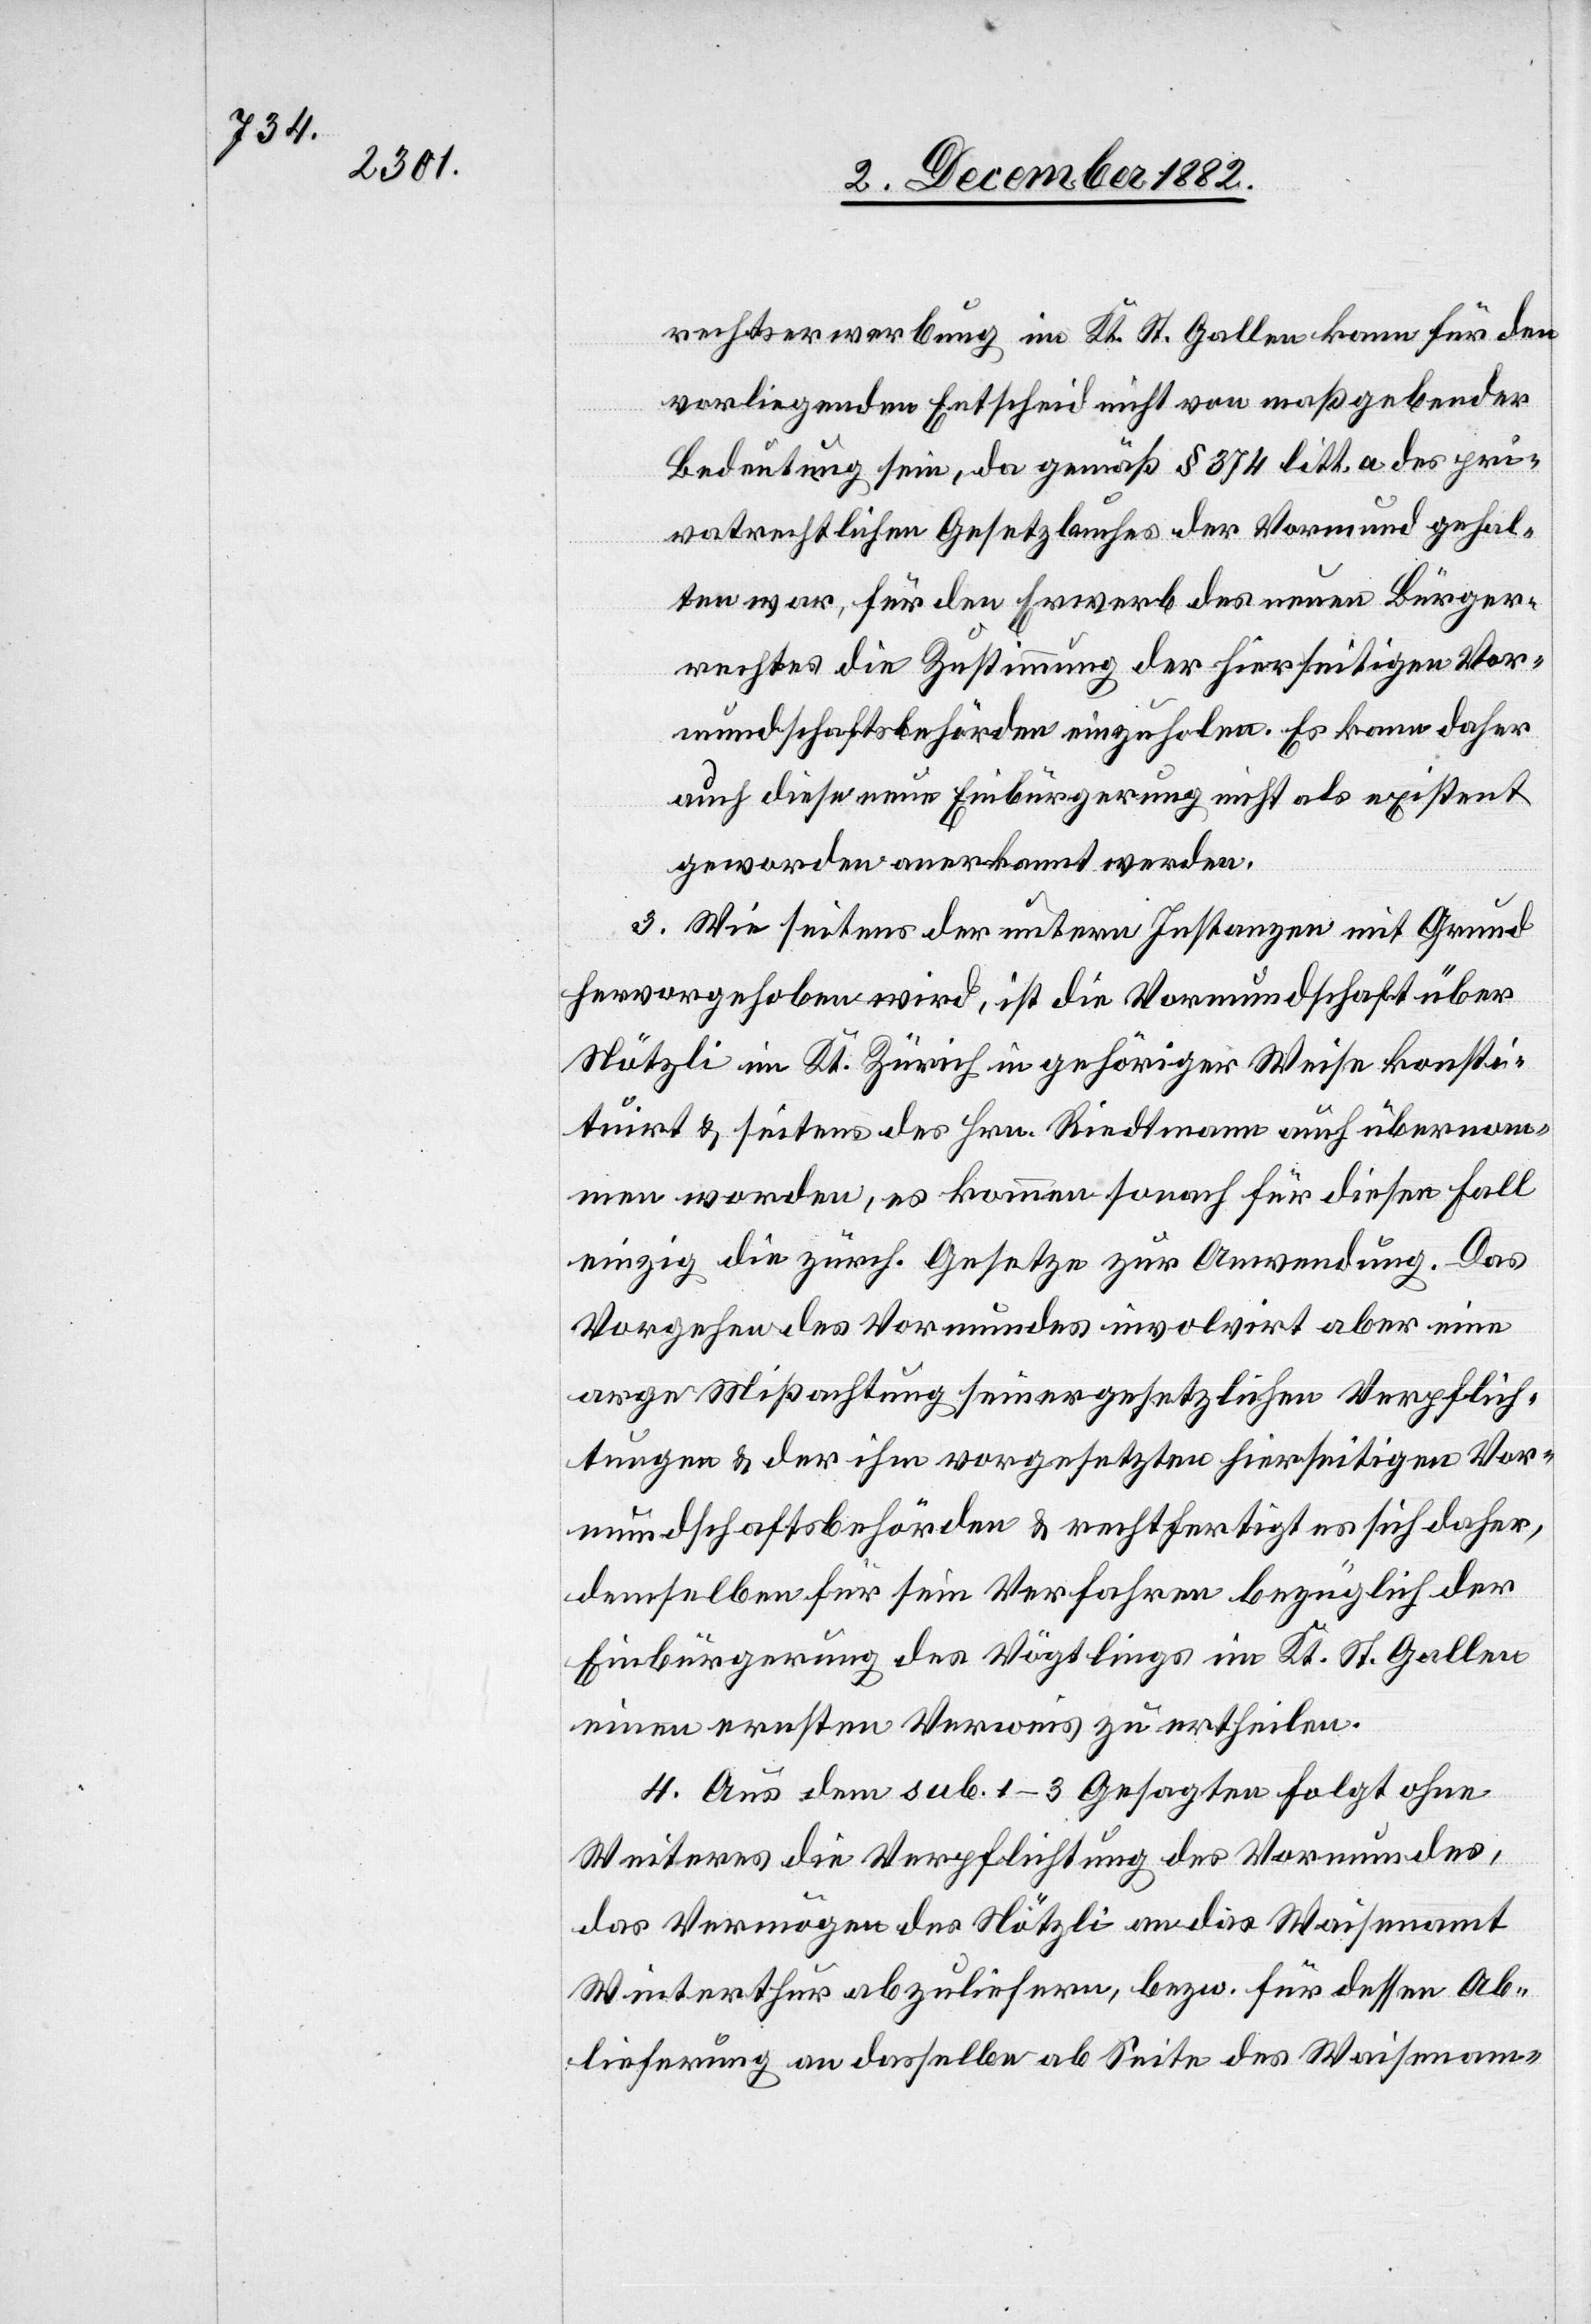
rechtserwerbung im Kt. St. Gallen kann für den
vorliegenden Entscheid nicht von maßgebender
Bedeutung sein, da gemäß § 374 litt. a des pri¬
vatrechtlichen Gesetzbuches der Vormund gehal¬
ten war, für den Erwerb des neuen Bürger¬
rechtes die Zustimmung der hierseitigen Vor¬
mundschaftsbehörden einzuholen. Es kann daher
auch diese neue Einbürgerung nicht als existent
geworden anerkannt werden.
3. Wie seitens der untern Instanzen mit Grund
hervorgehoben wird, ist die Vormundschaft über
Nötzli im Kt. Zürich in gehöriger Weise konsti¬
tuirt & seitens des Hrn. Riedtmann auch übernom¬
men worden, es kommen sonach für diesen Fall
einzig die zürch. Gesetze zur Anwendung. Das
Vorgehen des Vormundes involvirt aber eine
arge Mißachtung seiner gesetzlichen Verpflich¬
tungen & der ihm vorgesetzten hierseitigen Vor¬
mundschaftsbehörden & rechtfertigt es sich daher,
demselben für sein Verfahren bezüglich der
Einbürgerung des Vögtlings im Kt. St. Gallen
einen ernsten Verweis zu ertheilen.
4. Aus dem sub. 1–3 Gesagten folgt ohne
Weiteres die Verpflichtung des Vormundes,
das Vermögen des Nötzli an das Waisenamt
Winterthur abzuliefern, bezw. für dessen Ab¬
lieferung an dasselbe ab Seite des Waisenam-